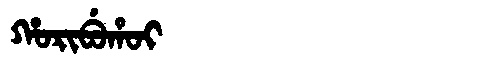
Manchu: ᡥᠣᡵᡳᠪᡠᡥᠣᡳ
Romanization: HORIBUHOI